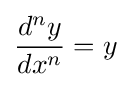
{\frac {d^{n}y}{dx^{n}}}=y